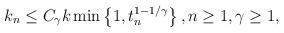
LaTeX: \begin{align*} k_n\leq C_{\gamma}k \min\left\{1,t_n^{1-1/\gamma}\right\}, n\geq 1, \gamma\geq 1, \end{align*}